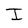
Character: I